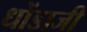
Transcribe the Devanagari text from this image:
धोंडाजी